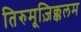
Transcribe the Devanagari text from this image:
तिरुमूज़िक्कलम